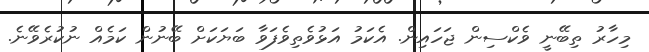
މިހާރު ތިބޭނީ ވެކްސިން ޖަހައިން. އެކަމު އަޅުވެތިވެފަވާ ބަޔަކަށް ބޭނުން ކަމެއް ނުކުރެވޭނެ.